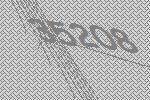
35208